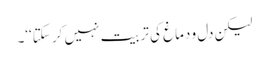
لیکن دل و دماغ کی تربیت نہیں کر سکتا‘‘۔